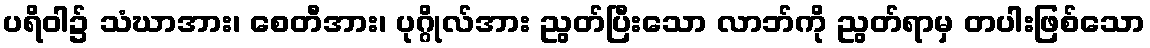
ပရိဝါ၌ သံဃာအား၊ စေတီအား၊ ပုဂ္ဂိုလ်အား ညွတ်ပြီးသော လာဘ်ကို ညွတ်ရာမှ တပါးဖြစ်သော